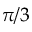
\pi / 3